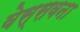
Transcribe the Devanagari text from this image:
वेस्सवना